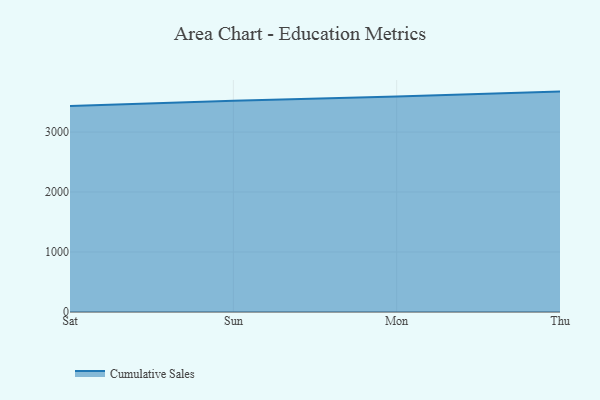
{"axis": {"x": "Day", "y": "Demand Index"}, "legend": ["Cumulative Sales"], "data": [{"x": "Sat", "y": 3436.2, "type": "Cumulative Sales"}, {"x": "Sun", "y": 3523.1, "type": "Cumulative Sales"}, {"x": "Mon", "y": 3591.9, "type": "Cumulative Sales"}, {"x": "Thu", "y": 3674.3, "type": "Cumulative Sales"}]}